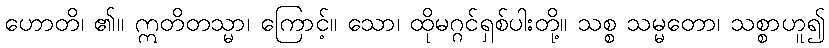
ဟောတိ၊ ၏။ ဣတိတသ္မာ၊ ကြောင့်။ သော၊ ထိုမဂ္ဂင်ရှစ်ပါးတို့။ သစ္စ သမ္မတော၊ သစ္စာဟူ၍